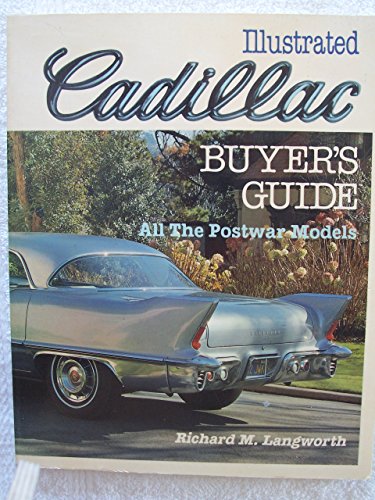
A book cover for Illustrated Cadillac Buyer's Guide; Richard M. Langworth; Engineering & Transportation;